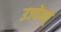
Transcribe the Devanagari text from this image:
उज्पेस्त्